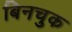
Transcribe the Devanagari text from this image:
बिनचुक